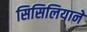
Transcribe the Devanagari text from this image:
सिसिलियाने